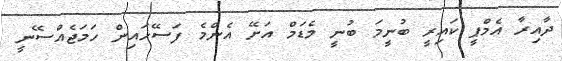
ދާއިރާ އެމްޕީ ކައިރީ ބުނީމަ ބުނީ މެޑަމް އަށޭ އެންމެ ފަސޭހައިން ހަމަޖެއްސޭނީ